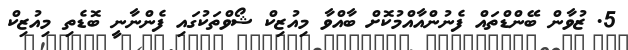
5. ޒުވާން ބޭންޑްތައް ފެނުންއާއްމުކޮށް ބާއްވާ މިއުޒިކް ޝޯވްތަކުގައި ފެންނާނީ ބޮޑެތި މިއުޒިކް